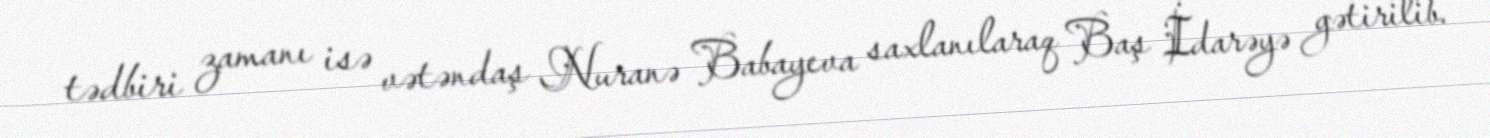
tədbiri zamanı isə vətəndaş Nuranə Babayeva saxlanılaraq Baş İdarəyə gətirilib.